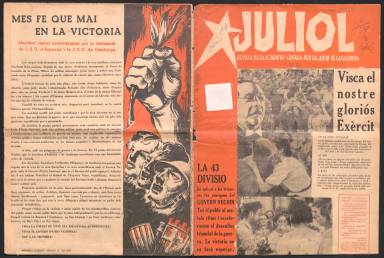
Título: Juliol (Barcelona)
Colección: Revistas de información general || Guerra civil
Ámbito geográfico: Barcelona
Lugar de publicación: Barcelona
Fechas: 25/06/1938-13/08/1938